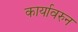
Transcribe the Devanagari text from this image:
कार्यावरुन